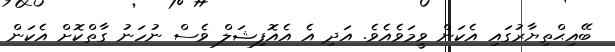
ބޭއިޙްތިޔާރުގައި އެކަން ވީމަވެއެވެ. އަދި އެ އެއޮފިޝަލް ވެސް ނުހަނު ގާތްކޮށް އެކަން